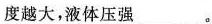
度越大，液体压强___。